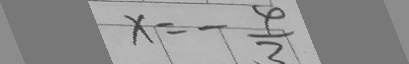
x = - \frac { 4 } { 3 }